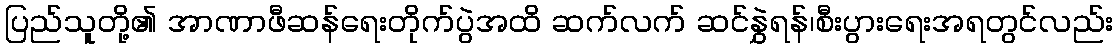
ပြည်သူတို့၏ အာဏာဖီဆန်ရေးတိုက်ပွဲအထိ ဆက်လက် ဆင်နွှဲရန်၊စီးပွားရေးအရတွင်လည်း